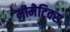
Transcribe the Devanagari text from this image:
मीमेटिक्स